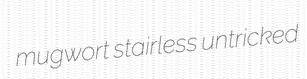
mugwort stairless untricked